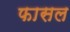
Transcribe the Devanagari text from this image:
फासल